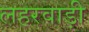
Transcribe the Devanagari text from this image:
लहरवाड़ी